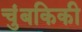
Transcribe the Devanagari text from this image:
चुंबकिकी